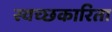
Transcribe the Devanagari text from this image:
स्वच्छकारिता